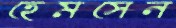
হেমসেন